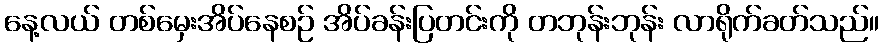
နေ့လယ် တစ်မှေးအိပ်နေစဉ် အိပ်ခန်းပြတင်းကို တဘုန်းဘုန်း လာရိုက်ခတ်သည်။